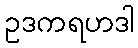
ဥဒကရဟဒါ